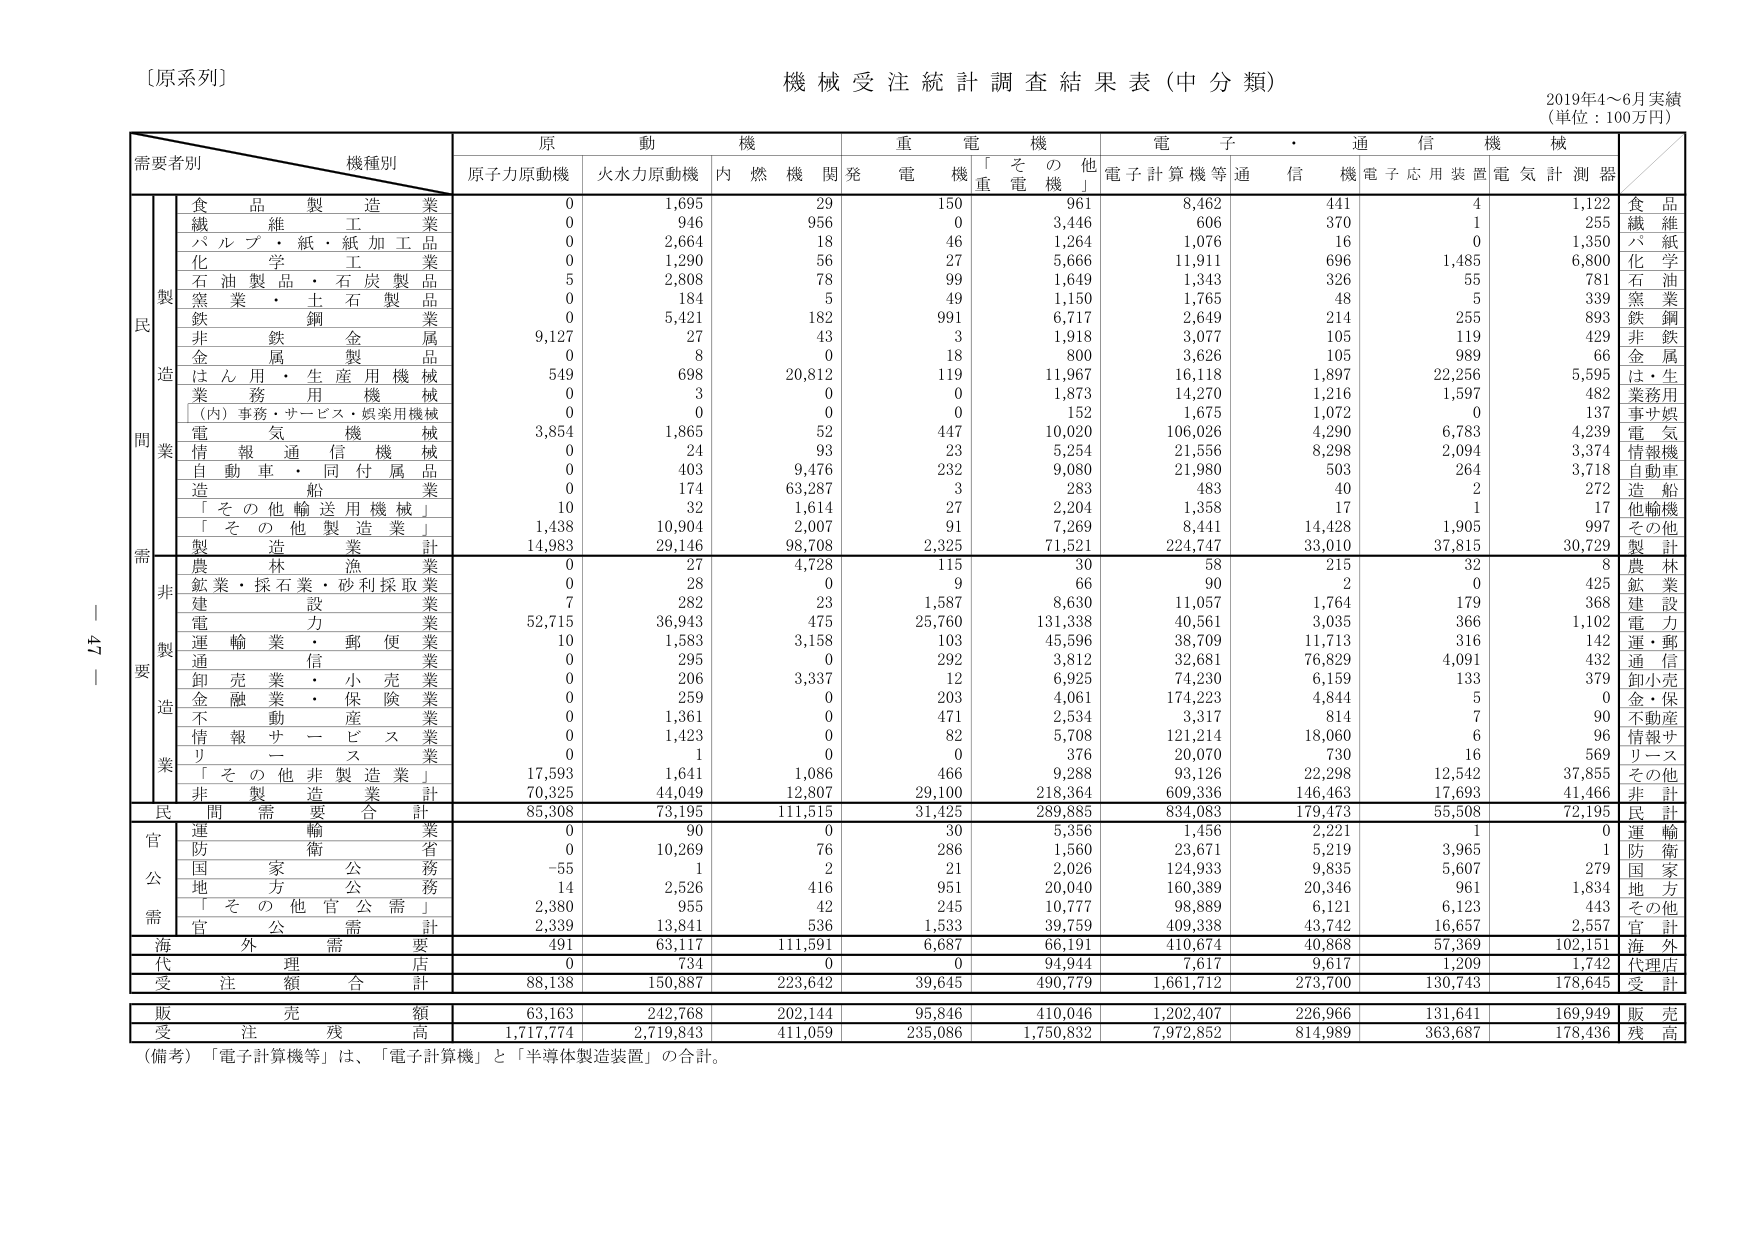
〔原系列〕
機械受注統計調査結果表（中分類）
2019年4～6月実績
（単位：100万円）

需要者別　機種別
　　　　　　　　　　原　　動　　機　　　　重　　電　　機　　　　電　　子　・　通　　信　　機　　械
　　　　　　　　　原子力原動機　火水力原動機　内　燃　機　関　発　電　機　「　そ　の　他　」　電子計算機等　通　信　機　電子応用装置　電　気　計　測　器